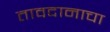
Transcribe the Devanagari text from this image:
तावदानाचा